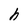
Character: h